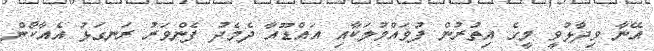
އޭނާ ވިދާޅުވީ މީގެ އިތުރުން ފުވައްމުލަކާއި އައްޑޫއާ ދެމެދު ފެންވަރު ރަނގަޅު އެއާކޯން